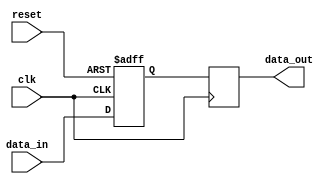
module edge_triggered_latch (
  input wire clk,
  input wire reset,
  input wire data_in,
  output reg data_out
);

  reg stored_data;

  always @(posedge clk or posedge reset) begin
    if (reset) begin
      stored_data <= 1'b0;
    end else begin
      stored_data <= data_in;
    end
  end

  always @(posedge clk) begin
    data_out <= stored_data;
  end

endmodule